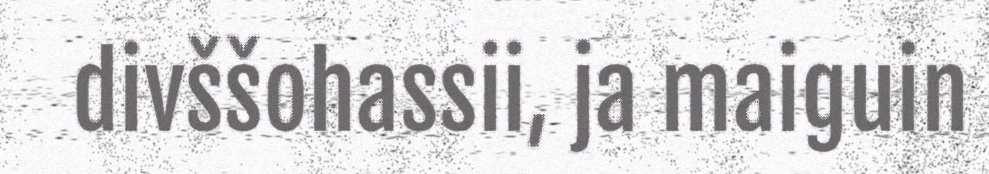
divššohassii, ja maiguin